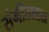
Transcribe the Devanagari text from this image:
संगीतशास्र